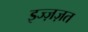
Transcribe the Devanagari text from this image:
इज्ज़ज़त